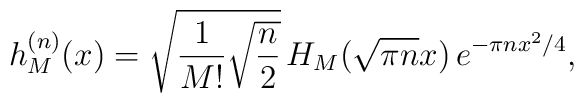
h^{(n)}_{M}(x)=\sqrt{\frac{1}{M!}\sqrt{\frac{n}{2}}}\,H_{M}(\sqrt{\pi n}x)\,e^{-\pi nx^2/4} ,